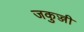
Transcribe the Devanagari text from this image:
जकुज्जी